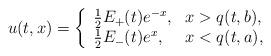
LaTeX: \begin{align*}u(t,x)=\left\{\begin{array}{ll}\frac{1}{2}E_+(t)e^{-x} ,&x>q(t,b), \\\frac{1}{2}E_-(t)e^{x} ,&x<q(t,a),\\\end{array}\right.\end{align*}